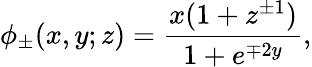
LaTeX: \phi_{\pm}(x,y;z)=\frac{x(1+z^{\pm 1})}{1+e^{\mp 2y}},